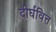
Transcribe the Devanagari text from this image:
दीर्घवित्त